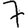
Digit: 7